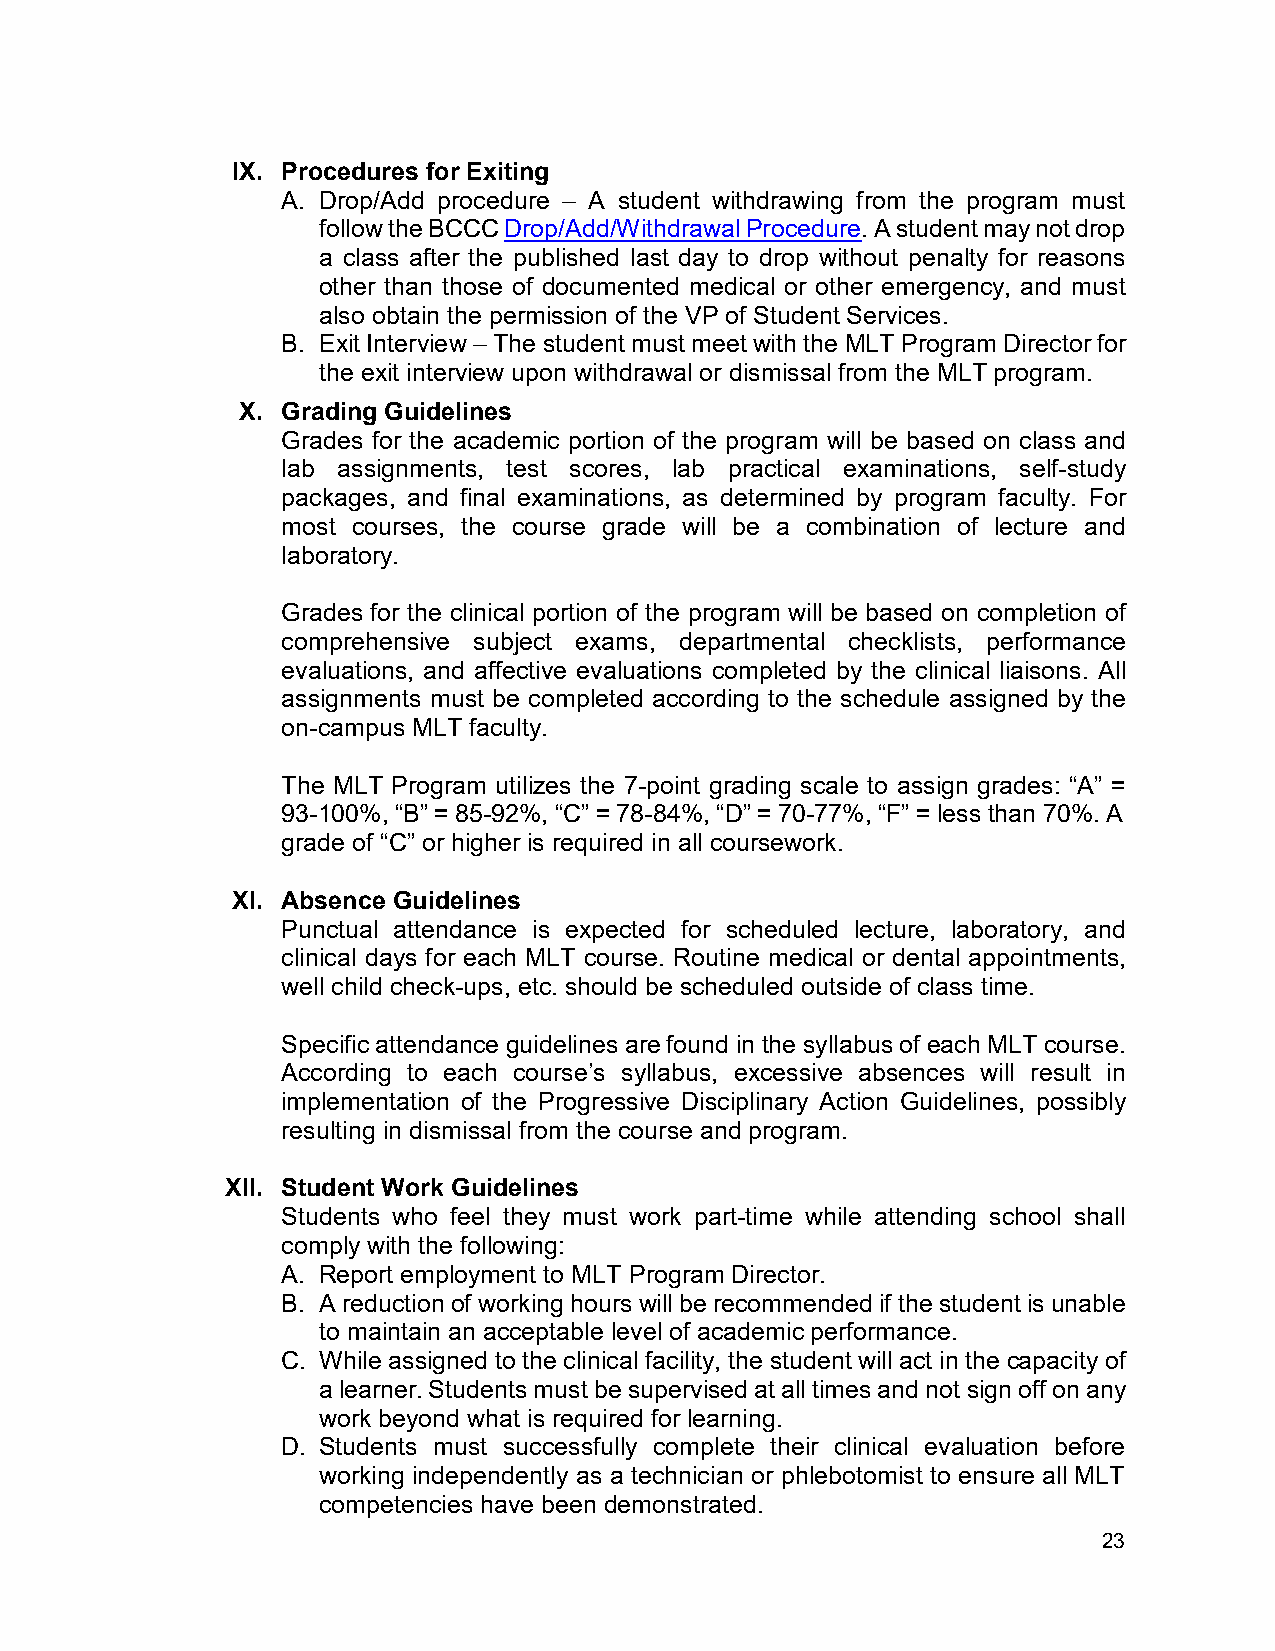
IX. Procedures for Exiting
 A. Drop/Add procedure – A student withdrawing from the program must
 follow the BCCC Drop/Add/Withdrawal Procedure. A student may not drop
 a class after the published last day to drop without penalty for reasons
 other than those of documented medical or other emergency, and must
 also obtain the permission of the VP of Student Services.
 B. Exit Interview – The student must meet with the MLT Program Director for
 the exit interview upon withdrawal or dismissal from the MLT program.
 X. Grading Guidelines
 Grades for the academic portion of the program will be based on class and
 lab assignments, test scores, lab practical examinations, self-study
 packages, and final examinations, as determined by program faculty. For
 most courses, the course grade will be a combination of lecture and
 laboratory.
 Grades for the clinical portion of the program will be based on completion of
 comprehensive subject exams, departmental checklists, performance
 evaluations, and affective evaluations completed by the clinical liaisons. All
 assignments must be completed according to the schedule assigned by the
 on-campus MLT faculty.
 The MLT Program utilizes the 7-point grading scale to assign grades: “A” =
 93-100%, “B” = 85-92%, “C” = 78-84%, “D” = 70-77%, “F” = less than 70%. A
 grade of “C” or higher is required in all coursework.
 XI. Absence Guidelines
 Punctual attendance is expected for scheduled lecture, laboratory, and
 clinical days for each MLT course. Routine medical or dental appointments,
 well child check-ups, etc. should be scheduled outside of class time.
 Specific attendance guidelines are found in the syllabus of each MLT course.
 According to each course’s syllabus, excessive absences will result in
 implementation of the Progressive Disciplinary Action Guidelines, possibly
 resulting in dismissal from the course and program.
 XII. Student Work Guidelines
 Students who feel they must work part-time while attending school shall
 comply with the following:
 A. Report employment to MLT Program Director.
 B. A reduction of working hours will be recommended if the student is unable
 to maintain an acceptable level of academic performance.
 C. While assigned to the clinical facility, the student will act in the capacity of
 a learner. Students must be supervised at all times and not sign off on any
 work beyond what is required for learning.
 D. Students must successfully complete their clinical evaluation before
 working independently as a technician or phlebotomist to ensure all MLT
 competencies have been demonstrated.
 23